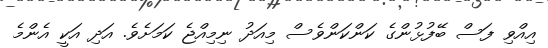
އިއްވި ފަސް ބޭފުޅުންގެ ކަންކަންވެސް މިއަދު ނިމިއްޖެ ކަމަށެވެ. އަދި އަކީ އެންމެ